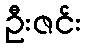
ဦးဇင်း